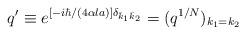
LaTeX: \begin{align*}q'\equiv e^{[-i\hbar/(4\alpha l a)]\delta_{\bar k_1\bar k_2}}=(q^{1/N})_{k_1=k_2}\end{align*}